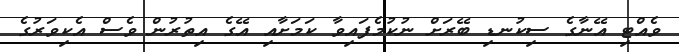
ވެއްޓި އޭނާގެ ސިކުނޑި ބޭރަށް ނުކުމެފައިވާ ކަމަށާއި އޭގެ އިތުރުން ވެސް އެކިވަރުގެ